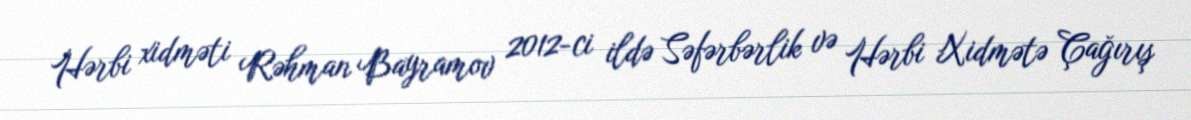
Hərbi xidməti Rəhman Bayramov 2012-ci ildə Səfərbərlik və Hərbi Xidmətə Çağırış